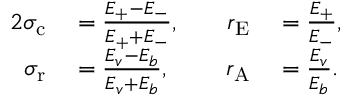
\begin{array} { r l r l } { { 2 } \sigma _ { \mathrm { c } } } & { { } = \frac { E _ { + } - E _ { - } } { E _ { + } + E _ { - } } , \quad } & { r _ { \mathrm { E } } } & { { } = \frac { E _ { + } } { E _ { - } } , } \\ { \sigma _ { \mathrm { r } } } & { { } = \frac { E _ { v } - E _ { b } } { E _ { v } + E _ { b } } , } & { r _ { \mathrm { A } } } & { { } = \frac { E _ { v } } { E _ { b } } . } \end{array}